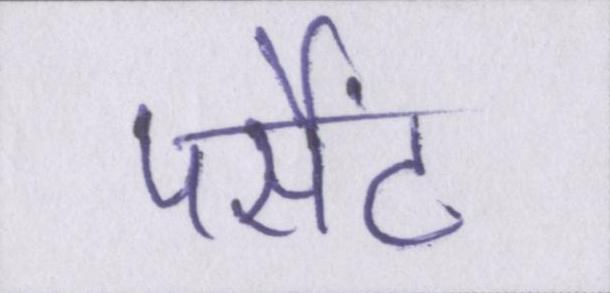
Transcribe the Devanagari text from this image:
पर्सेंट